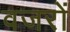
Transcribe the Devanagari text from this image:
वजरों